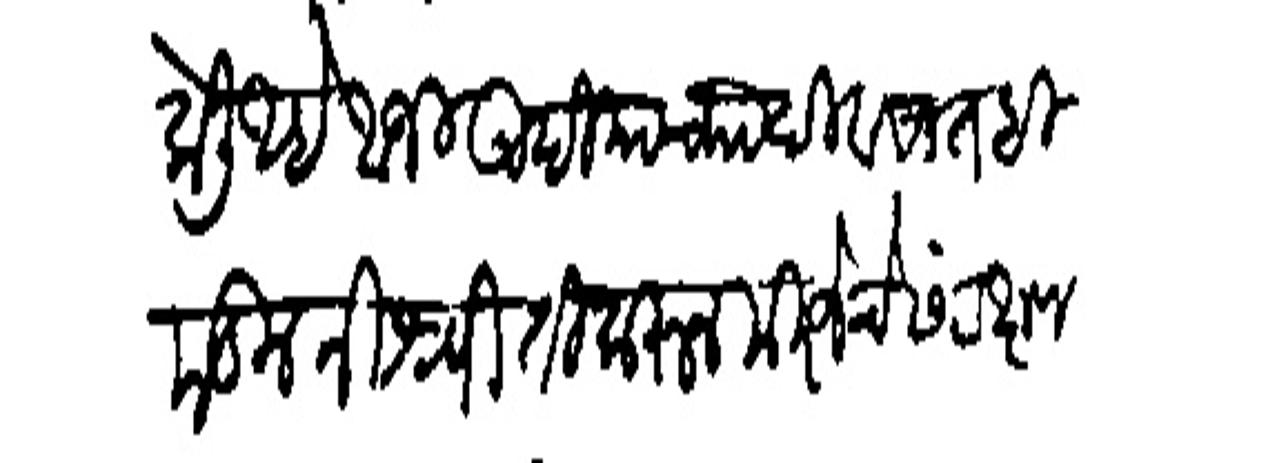
Transliteration (Devanagari): केली आहे आजी उदियाच्या दिवसात हिकडील निश्चिती करून मिरजेचे संरक्षण